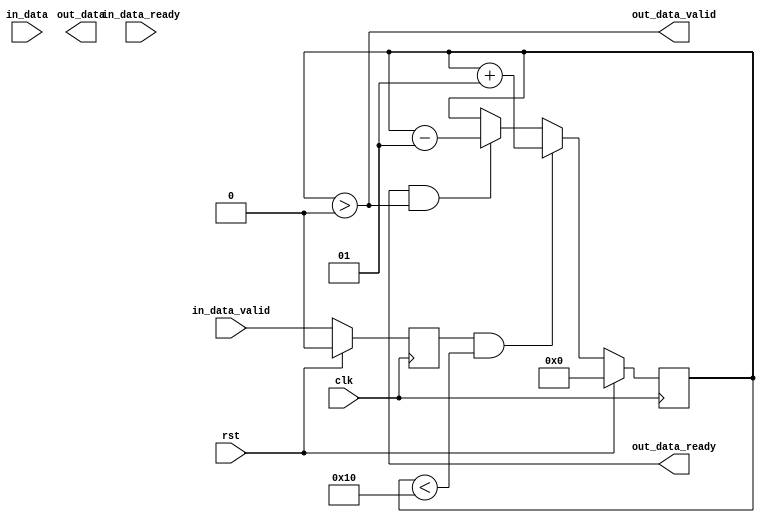
module burst_synchronizer (
    input wire clk,
    input wire rst,
    input wire [DATA_WIDTH-1:0] in_data,
    input wire in_data_valid,
    input wire in_data_ready,
    output wire [DATA_WIDTH-1:0] out_data,
    output wire out_data_valid,
    output wire out_data_ready
);

// Parameters
parameter DATA_WIDTH = 8;
parameter FIFO_DEPTH = 16;

// Clock domain crossing logic
reg [DATA_WIDTH-1:0] in_data_reg;
reg in_data_valid_reg;
reg [DATA_WIDTH-1:0] out_data_reg;
reg out_data_valid_reg;

always @(posedge clk) begin
    if (rst) begin
        in_data_reg <= 0;
        in_data_valid_reg <= 0;
        out_data_reg <= 0;
        out_data_valid_reg <= 0;
    end else begin
        in_data_reg <= in_data;
        in_data_valid_reg <= in_data_valid;
        out_data_reg <= out_data;
        out_data_valid_reg <= out_data_valid;
    end
end

// FIFO buffer
reg [DATA_WIDTH-1:0] fifo [0:FIFO_DEPTH-1];
integer head = 0;
integer tail = 0;
integer count = 0;

always @(posedge clk) begin
    if (rst) begin
        head <= 0;
        tail <= 0;
        count <= 0;
    end else if (in_data_valid_reg && count < FIFO_DEPTH) begin
        count <= count + 1;
        fifo[tail] <= in_data_reg;
        tail <= tail + 1;
    end else if (out_data_ready && count > 0) begin
        count <= count - 1;
        out_data_reg <= fifo[head];
        head <= head + 1;
    end
end

// Handshaking signals
assign in_data_ready = (count < FIFO_DEPTH);
assign out_data_valid = (count > 0);

endmodule